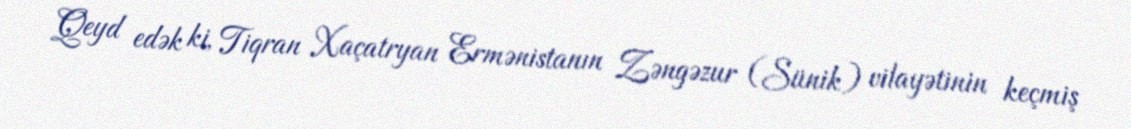
Qeyd edək ki, Tiqran Xaçatryan Ermənistanın Zəngəzur (Sünik) vilayətinin keçmiş